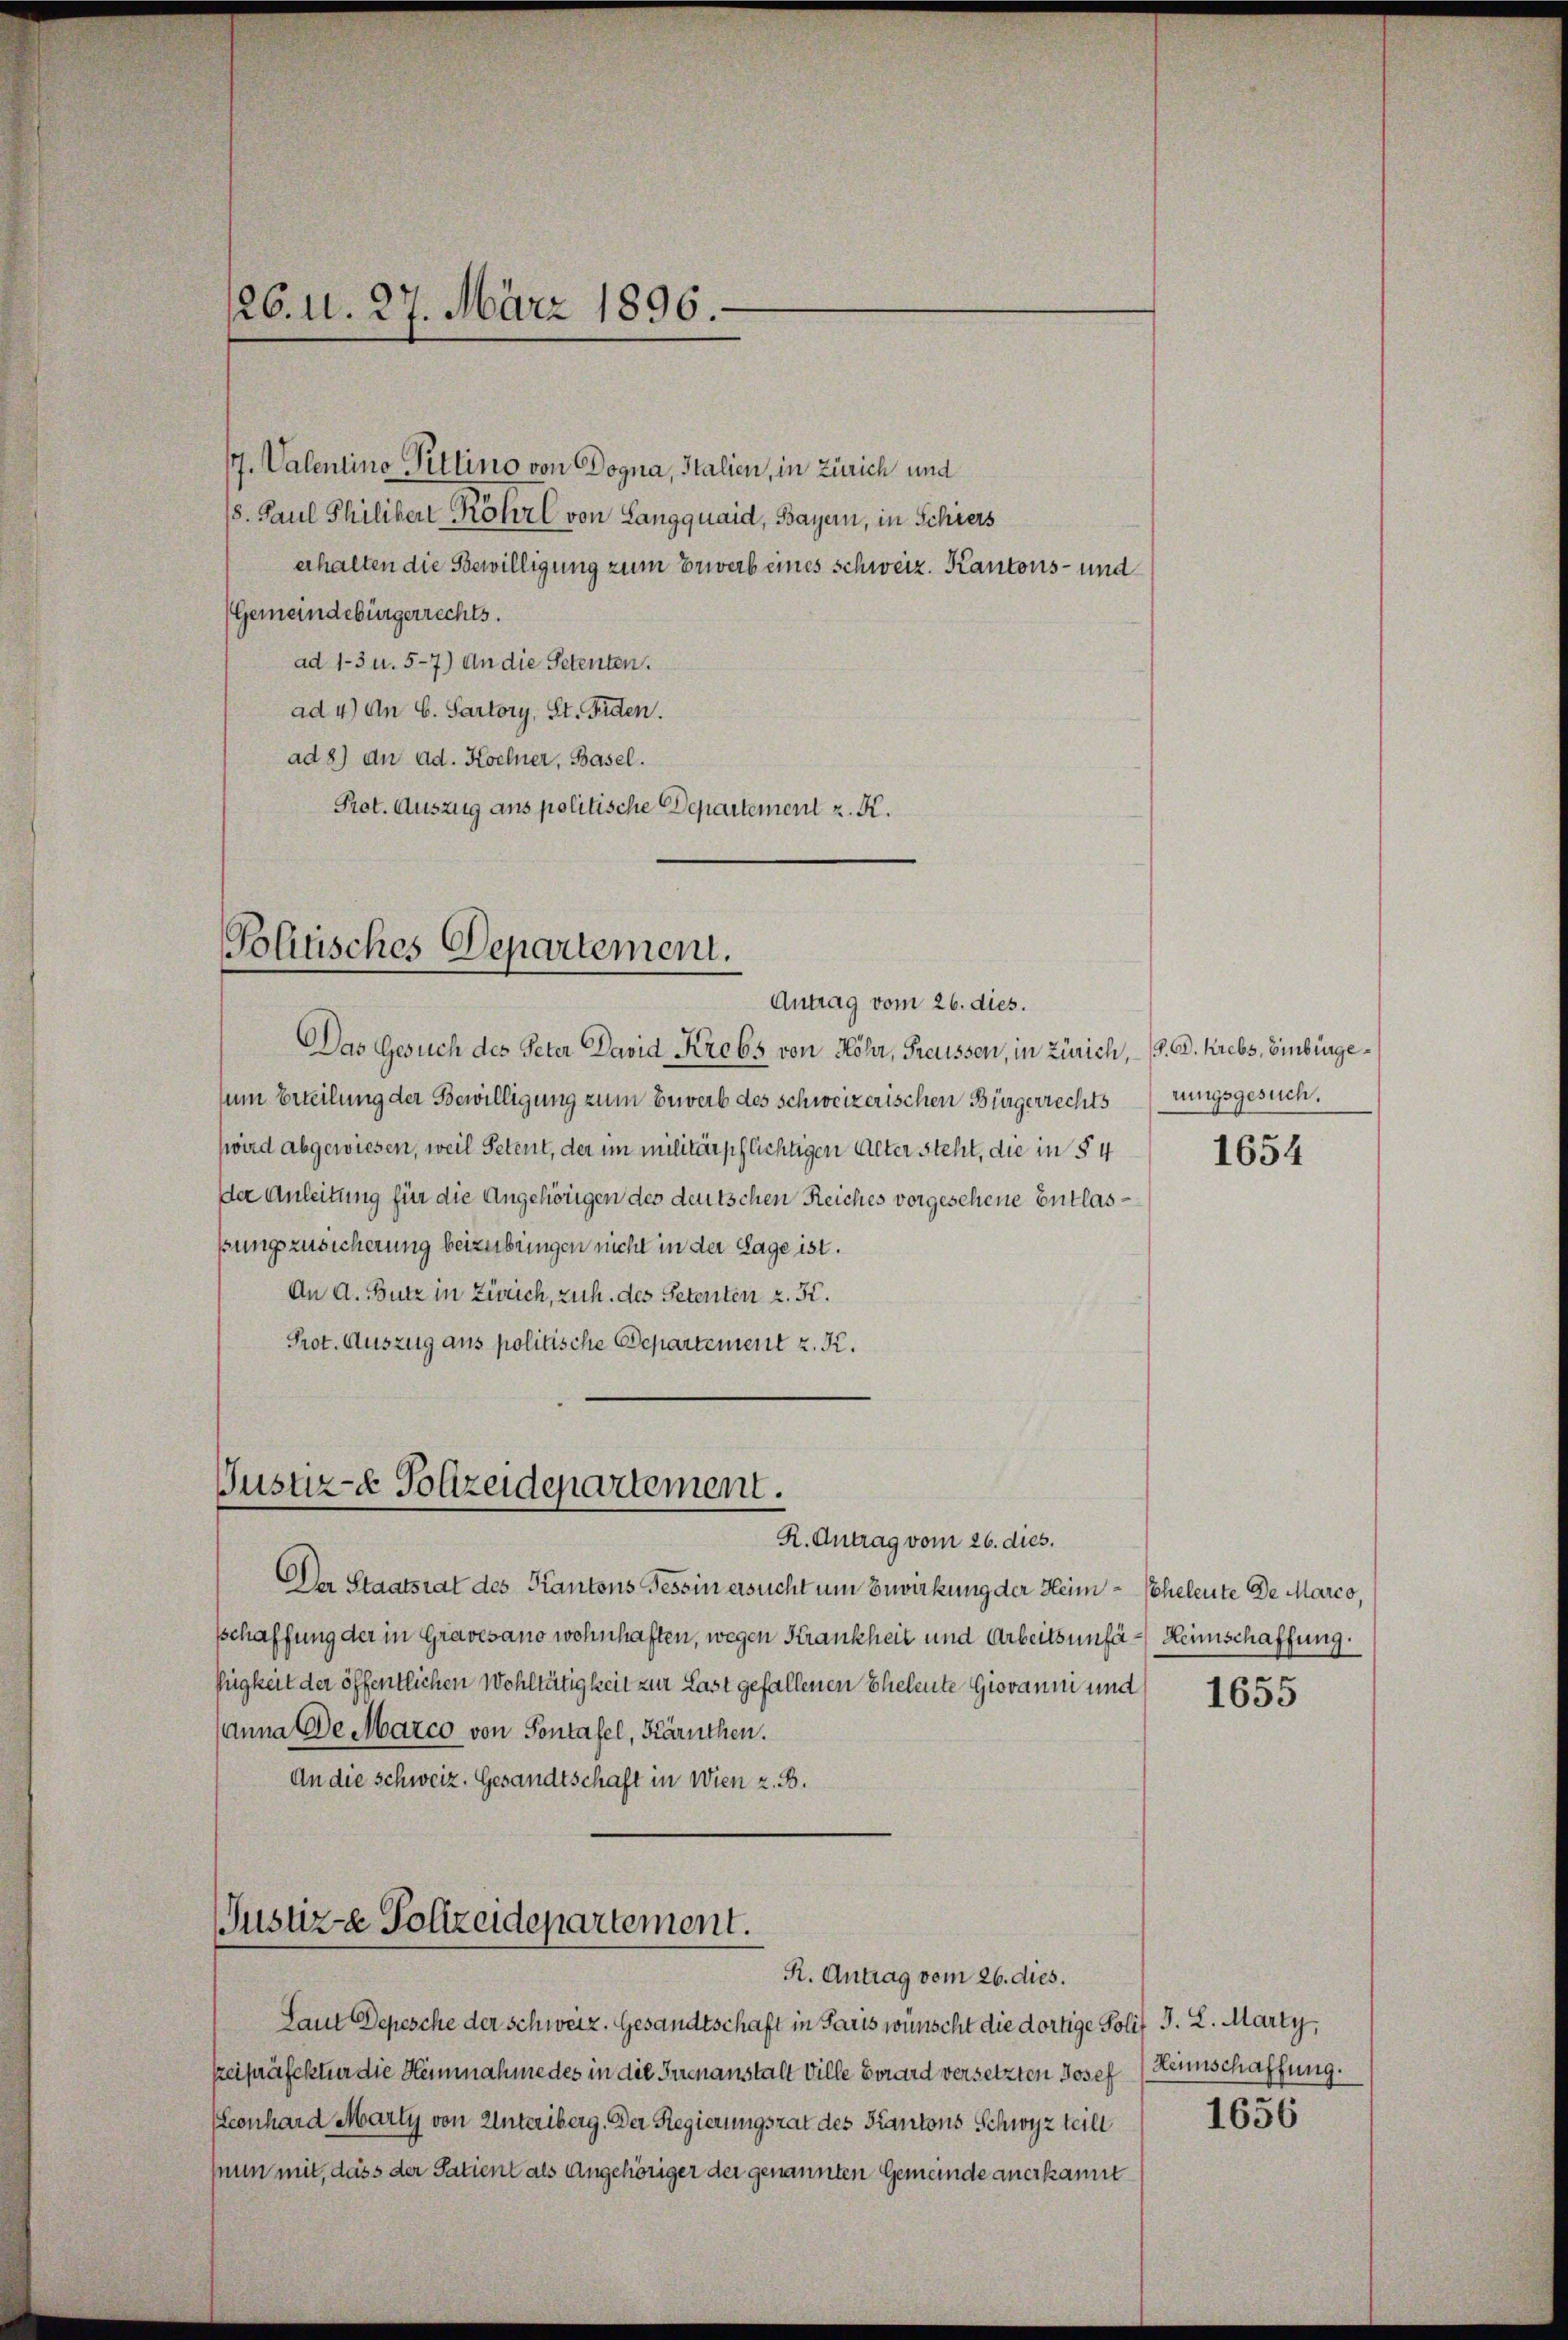
26. 11. 27. März 1896.

/7. Valentino Pittino von Dogna, Italien, in Zürich und
(8. Paul Philibert Röhre von Langquaid, Bayern, in Schiers
erhalten die Bewilligung zum Erwerb eines schweiz. Kantons- und
(Gemeindebürgerrechts.
ad 1-3 u. 5-7.) An die Petenten.
ad 4) An G. Sartory, St. Fiden.
ad 8) an ad. Kochner, Basel.
Prot. Auszug ans politische Departement z. R.

Politisches Departement.

Justiz- & Polizeidepartement.

Antrag vom 26. dies.

Justiz-e Polizeidepartement.
R. Antrag vom 26. dies.

Das Gesuch des Peter David Krebs von Höhr, Preussen, in Zürich, – (9. A. Krebs, Einbürgesum Erteilung der Bewilligung zum Erwerb des schweizerischen Bürgerrechtstungsgesuch.
wird abgewiesen, weil Petent, der im militärpflichtigen Alter steht, die in § 4
der Anleitung für die Angehörigen des deutschen Reiches vorgesehene Entlasßung zusicherung beizubringen nicht in der Sage ist.
An A. Butz in Zürich, zuh. des Petenten z. B.
Prot. Auszug aus politische Departement z. K.

R. Antrag vom 26. dies.
Der Staatsrat des Kantons Tessin ersucht um Bewirkung der Heim Scheleute de Marco,
schaffung der in Gravesano wohnhaften, wegen Krankheit und Arbeitsunfä- Heimschaffung.
figkeit der öffentlichen Wohltätigkeit zur Last gefallenen Eheleute Giovanni und
anna De Marco von Sontafel, Kärnthen.
An die schweiz. Gesandtschaft in Wien z. B.

Laut Depesche der Schweiz. Gesandtschaft in Paris wünscht die dortige Polif J. L. Marty,
teipräfektur die Heimahme des in die Irrenanstalt Ville Ewrard versetzten Josef (Reimschaffung.
(Leonhard Marty von Unteriberg. Der Regierungsrat des Kantons Schwyz teilt
hun mit, dass der Satient als Angehöriger der genannten Gemeinde anerkannt

1654

1655

1656